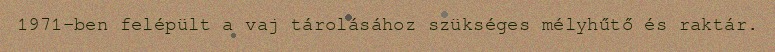
1971-ben felépült a vaj tárolásához szükséges mélyhűtő és raktár.